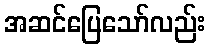
အဆင်ပြေသော်လည်း